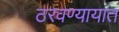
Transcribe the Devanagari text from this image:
ठरवण्यायात